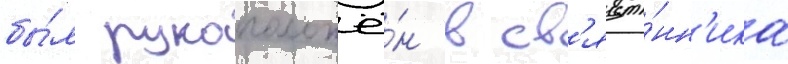
бы́л рукоположё́н в св'яще́нн'ика